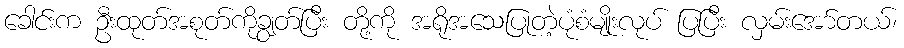
ခေါင်းက ဦးထုတ်အစုတ်ကိုချွတ်ပြီး တို့ကို အရိုအသေပြုတဲ့ပုံစံမျိုးလုပ် ပြပြီး လှမ်းအော်တယ်၊